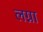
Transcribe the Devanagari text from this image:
लग्ना